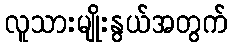
လူသားမျိုးနွယ်အတွက်